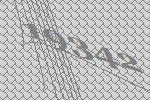
19342